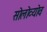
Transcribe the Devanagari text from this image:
सोलोव्योव